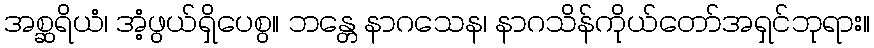
အစ္ဆရိယံ၊ အံ့ဖွယ်ရှိပေစွ။ ဘန္တေ နာဂသေန၊ နာဂသိန်ကိုယ်တော်အရှင်ဘုရား။